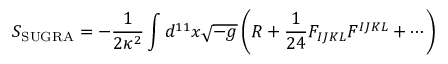
S _ { \mathrm { S U G R A } } = - { \frac { 1 } { 2 \kappa ^ { 2 } } } \int d ^ { 1 1 } x \sqrt { - g } \left( R + { \frac { 1 } { 2 4 } } F _ { I J K L } F ^ { I J K L } + \cdots \right)